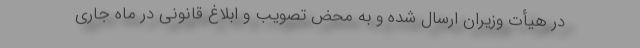
در هیأت وزیران ارسال شده و به محض تصویب و ابلاغ قانونی در ماه جاری